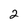
Character: 2